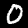
Digit: 0